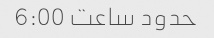
حدود ساعت 6:00